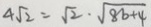
4 \sqrt { 2 } = \sqrt { 2 } \cdot \sqrt { 8 b + 4 }